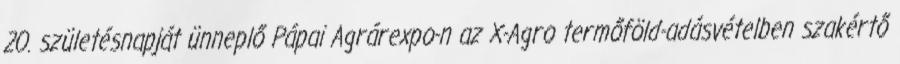
20. születésnapját ünneplő Pápai Agrárexpo-n az X-Agro termőföld-adásvételben szakértő